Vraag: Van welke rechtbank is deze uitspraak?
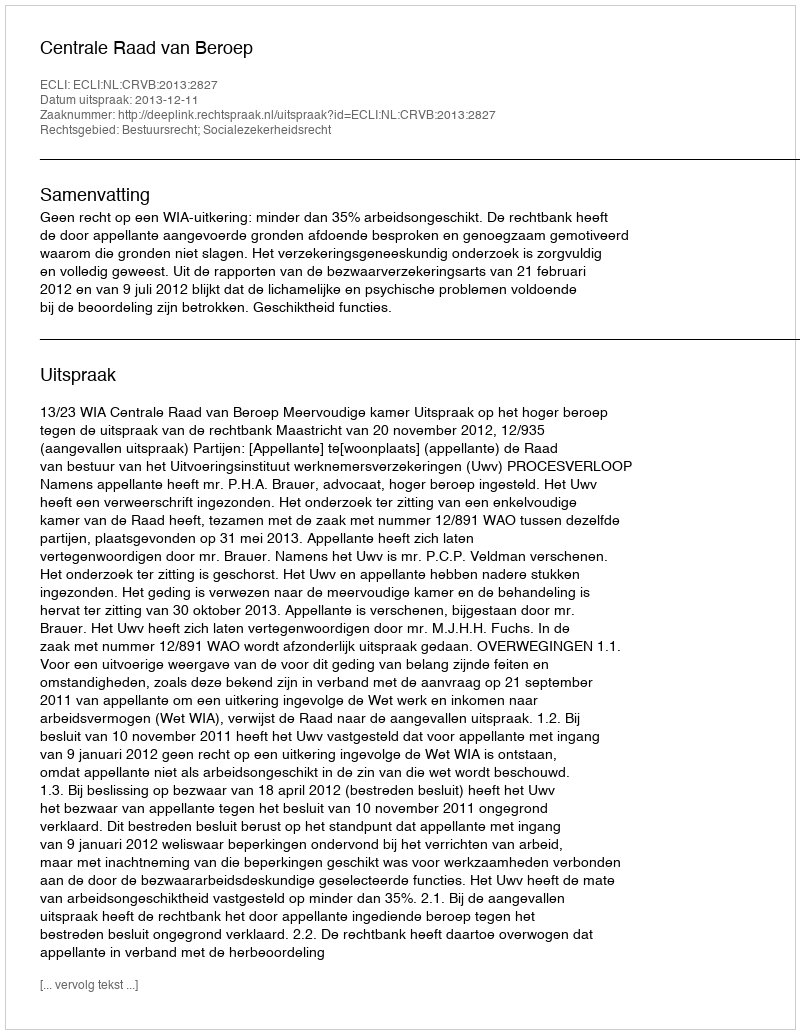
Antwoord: Centrale Raad van Beroep